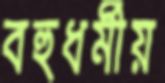
বহুধর্মীয়